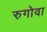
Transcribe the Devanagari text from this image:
रुगोवा